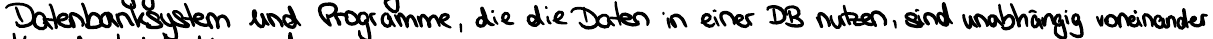
Datenbanksystem und Programme, die die Daten in einer DB nutzen, sind unabhängig voneinander